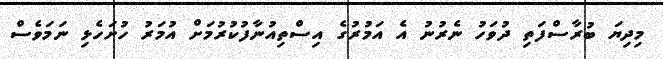
މިދިޔަ ބުރާސްފަތި ދުވަހު ނެރުނު އެ އަމުރުގެ އިސްތިއުނާފުކުރުމަށް އުމަރު ހުށަހެޅި ނަމަވެސް